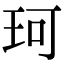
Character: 珂